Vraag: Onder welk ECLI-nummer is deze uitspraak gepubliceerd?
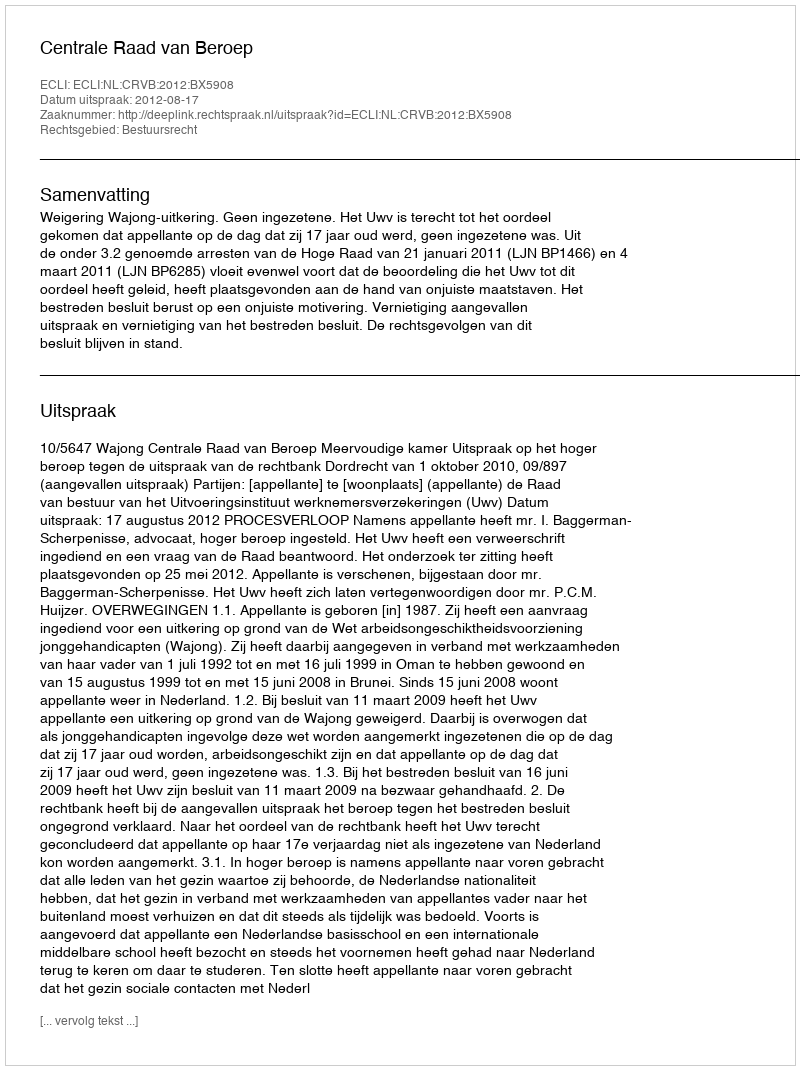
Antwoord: ECLI:NL:CRVB:2012:BX5908